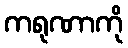
ကရုဏာကို